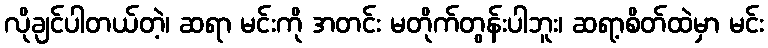
လိုချင်ပါတယ်တဲ့၊ ဆရာ မင်းကို အတင်း မတိုက်တွန်းပါဘူး၊ ဆရာ့စိတ်ထဲမှာ မင်း